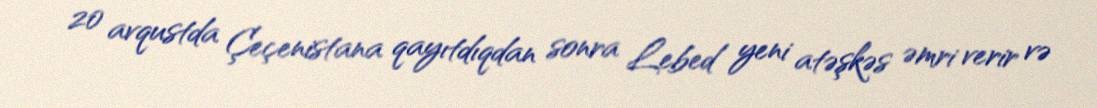
20 avqustda Çeçenistana qayıtdıqdan sonra Lebed yeni atəşkəs əmri verir və